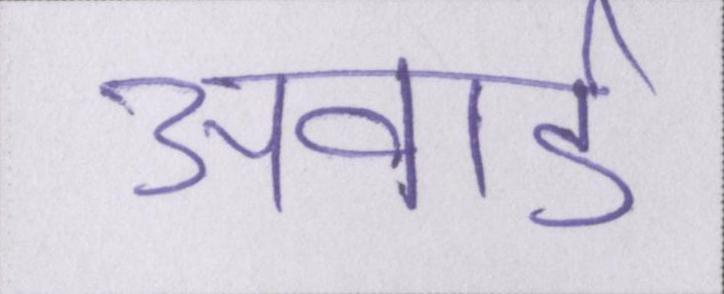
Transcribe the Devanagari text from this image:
अवार्ड